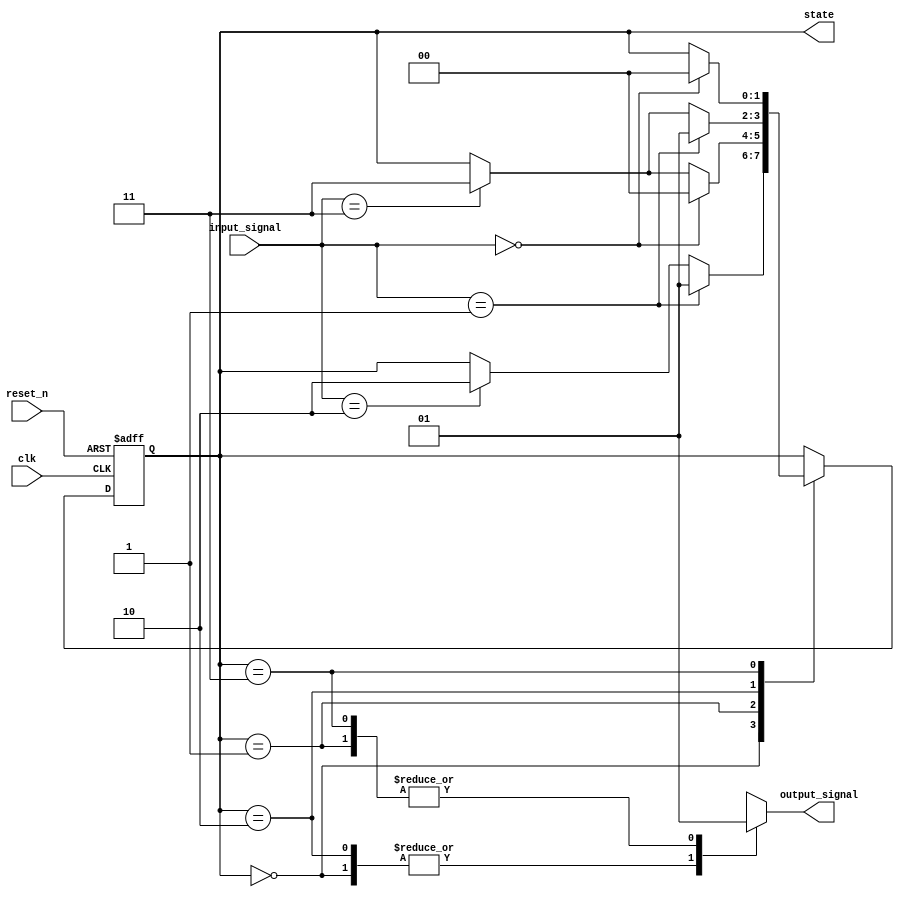
module moore_state_machine (
    input wire clk,            // Clock signal
    input wire reset_n,       // Active low asynchronous reset
    input wire [1:0] input_signal, // Input signal for state transitions
    output reg [1:0] state,   // Current state
    output reg output_signal   // Output signal based on current state
);

// State encoding
localparam STATE_0 = 2'b00; // State 0
localparam STATE_1 = 2'b01; // State 1
localparam STATE_2 = 2'b10; // State 2
localparam STATE_3 = 2'b11; // State 3

// State transition logic
always @(posedge clk or negedge reset_n) begin
    if (!reset_n) begin
        state <= STATE_0; // Asynchronous reset to STATE_0
    end else begin
        case (state)
            STATE_0: begin
                if (input_signal == 2'b01) begin
                    state <= STATE_1;
                end else if (input_signal == 2'b10) begin
                    state <= STATE_2;
                end
            end
            STATE_1: begin
                if (input_signal == 2'b00) begin
                    state <= STATE_0;
                end else if (input_signal == 2'b11) begin
                    state <= STATE_3;
                end
            end
            STATE_2: begin
                if (input_signal == 2'b01) begin
                    state <= STATE_1;
                end else if (input_signal == 2'b11) begin
                    state <= STATE_3;
                end
            end
            STATE_3: begin
                if (input_signal == 2'b00) begin
                    state <= STATE_0;
                end
            end
            default: state <= STATE_0; // Default to STATE_0
        endcase
    end
end

// Output logic based on current state
always @(*) begin
    case (state)
        STATE_0: output_signal = 1'b0; // Output for STATE_0
        STATE_1: output_signal = 1'b1; // Output for STATE_1
        STATE_2: output_signal = 1'b0; // Output for STATE_2
        STATE_3: output_signal = 1'b1; // Output for STATE_3
        default: output_signal = 1'b0; // Default output
    endcase
end

endmodule